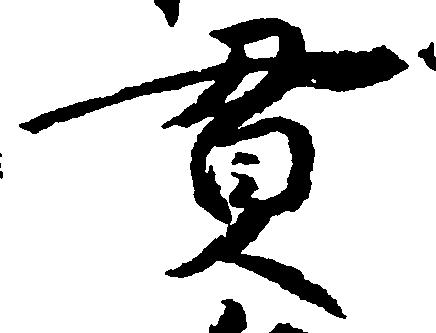
貫